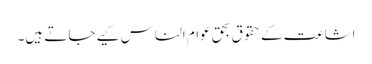
اشاعت کے حقوق بحق عوام الناس کیے جاتے ہیں۔